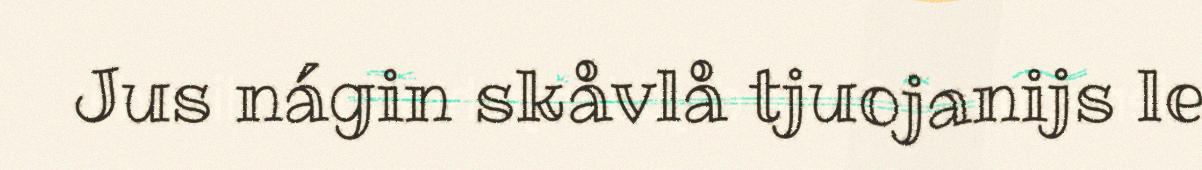
Jus nágin skåvlå tjuojanijs le